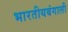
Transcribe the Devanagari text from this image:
भारतीयबंगाली